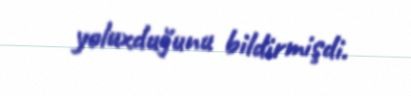
yoluxduğunu bildirmişdi.